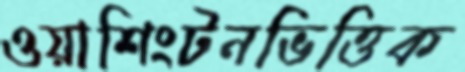
ওয়াশিংটনভিত্তিক